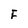
Character: F